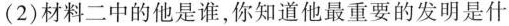
(2)材料二中的他是谁，你知道他最重要的发明是什